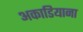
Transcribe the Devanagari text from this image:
अकाडियाना